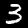
Digit: 3